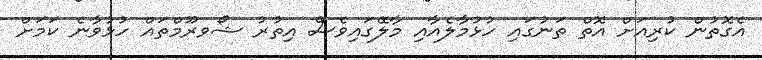
އެގޮތުން ކުރިއަށް އޮތް ތަނުގައި ހުޅުމާލެއާއި މާލޭގައިވެސް އިތުރު ޝޯވރޫމްތައް ހުޅުވާނެ ކަމަށް